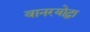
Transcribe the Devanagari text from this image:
वानरयोद्धा